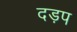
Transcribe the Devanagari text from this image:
दड़प